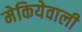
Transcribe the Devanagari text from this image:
मेकियेवाली